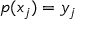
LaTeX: p ( x _ { j } ) = y _ { j }